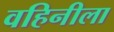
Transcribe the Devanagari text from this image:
वहिनीला